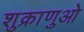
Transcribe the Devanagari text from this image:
शुक्राणुओ